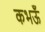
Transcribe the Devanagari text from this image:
कभऊँ